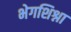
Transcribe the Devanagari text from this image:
भेगशिश्ना